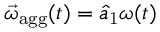
{ \vec { \omega } _ { \mathrm { a g g } } ( t ) = \hat { a } _ { \mathrm { 1 } } \omega ( t ) }